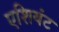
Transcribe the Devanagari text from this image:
एशियंट